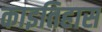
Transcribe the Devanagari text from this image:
काइतिहास